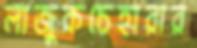
লাজুকচেহারার